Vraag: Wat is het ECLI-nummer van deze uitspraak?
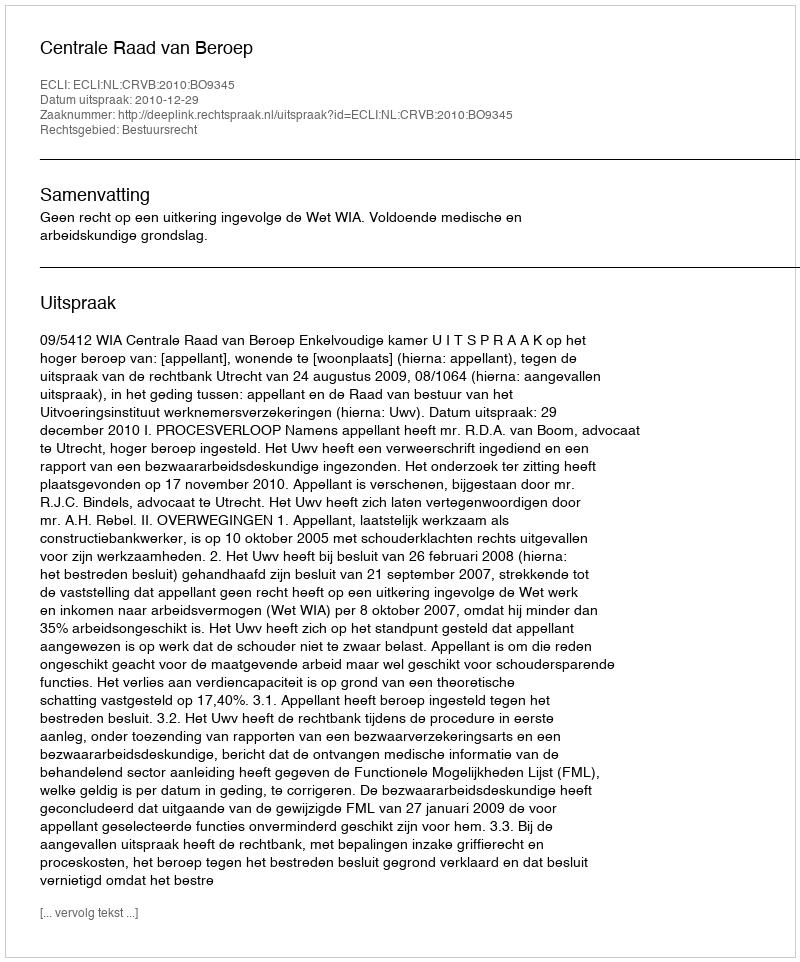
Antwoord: ECLI:NL:CRVB:2010:BO9345